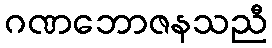
ဂဏဘောဇနသညီ